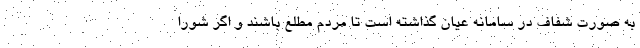
به صورت شفاف در سامانه عیان گذاشته است تا مردم مطلع باشند و اگر شورا